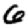
Digit: 6